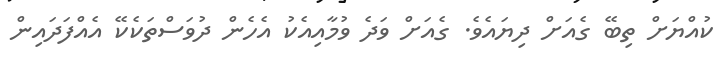
ކުއްޔަށް ތިބޭ ގެއަށް ދިޔައެވެ. ގެއަށް ވަދެ ވުމާއިއެކު އެހެން ދުވަސްތަކެކޭ އެއްފަދައިން